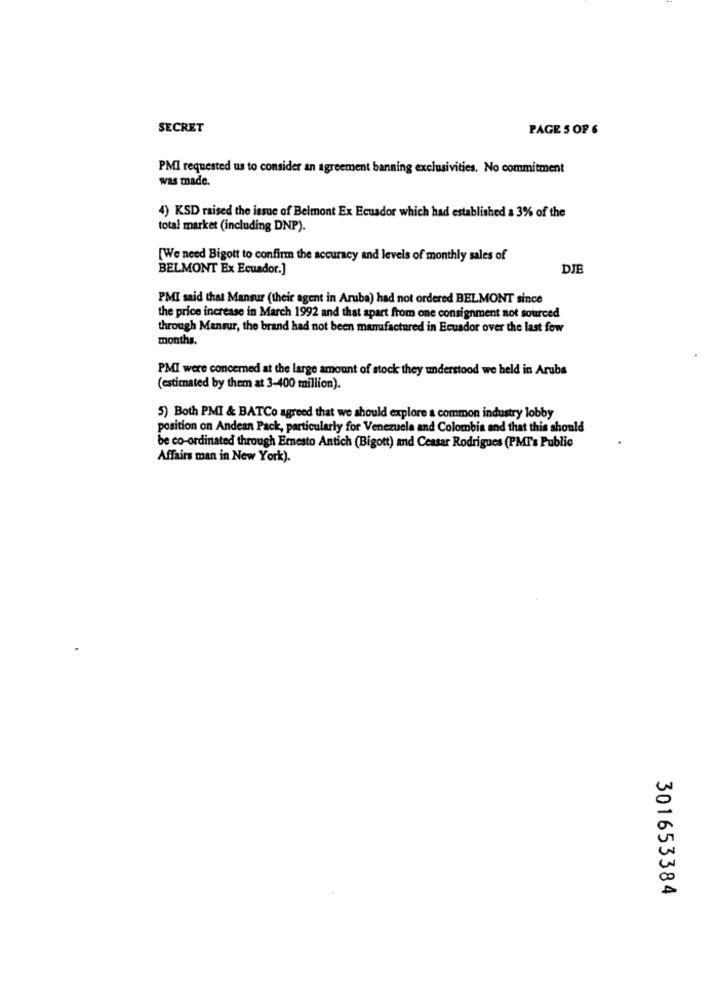
SECRET
PAGE 5 OF 6
PMI requested us to consider an agreement banning exclusivities. No commitment
was made.
4) KSD raised the issue of Belmont Ex Ecuador which had established a 3% of the
total market (including DNP).
[We need Bigott to confirm the accuracy and levels of monthly sales of
BELMONT Ex Ecuador.]
DJE
PMI said that Mansur (their agent in Aruba) had not ordered BELMONT since
the price increase in March 1992 and that apart from one consignment not sourced
through Mansur, the brand had not been manufactured in Ecuador over the last fow
months.
PMI were concerned at the large amount of stock they understood we held in Arubs
(estimated by them at 3-400 million).
5) Both PMI & BATCo agreed that we should explore a common industry lobby
position on Andean Pack, particularly for Venezuela and Colombia and that this should
be co-ordinated through Ernesto Antich (Bigott) and Ceasar Rodrigues (PMT's Public
Affairs man in New York).
301653384